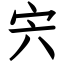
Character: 宍